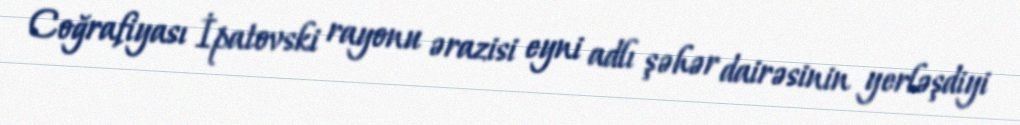
Coğrafiyası İpatovski rayonu ərazisi eyni adlı şəhər dairəsinin yerləşdiyi